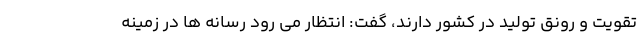
تقویت و رونق تولید در کشور دارند، گفت: انتظار می رود رسانه ها در زمینه